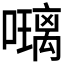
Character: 𭋰